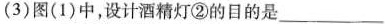
(3)图(1)中，设计酒精灯②的目的是___